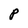
Character: P